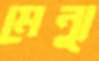
মেন্যু